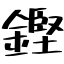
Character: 鏗